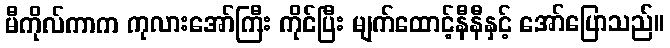
မီကိုလ်ကာက ကုလားအော်ကြီး ကိုင်ပြီး မျက်ထောင့်နီနီနှင့် အော်ပြောသည်။